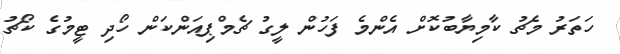
ހަތަރު މެޗު ކާމިޔާބުކޮށް އެންމެ ފަހުން ލީގު ޗެމްޕިއަންކަން ހޯދި ޓީމުގެ ކޯޗު